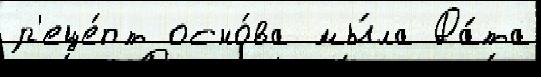
р'еце́пт осно́ва мы́ла Да́та